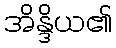
အိန္ဒိယ၏